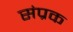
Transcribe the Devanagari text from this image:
संप्रक